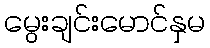
မွေးချင်းမောင်နှမ